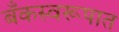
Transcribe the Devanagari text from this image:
बँकस्वरूपात